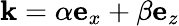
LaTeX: \mathbf{k}=\alpha\mathbf{e}_{x}+\beta\mathbf{e}_{z}